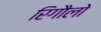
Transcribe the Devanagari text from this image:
रिगौलो